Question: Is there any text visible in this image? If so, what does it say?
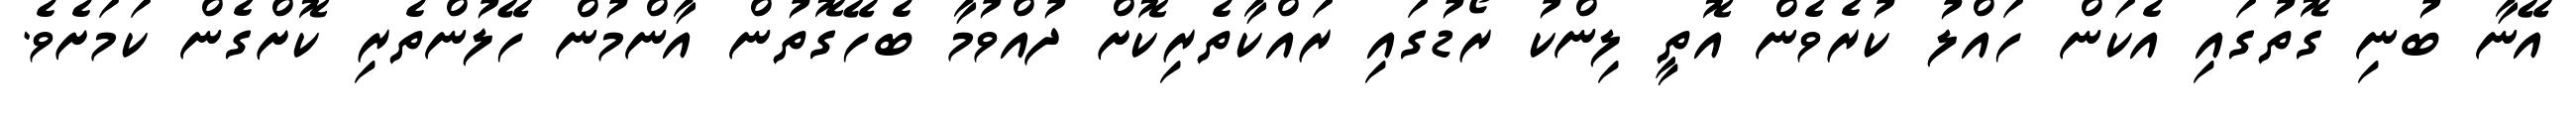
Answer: އޭނާ ބުނި ގޮތުގައި އެކަން ހައްލު ކުރެވެން އޮތީ ލިންކު ރޯޑުގައި ރައްކާތެރިކޮށް ދުއްވުމާ ބެހޭގޮތުން އާންމުން ހޭލުންތެރި ކޮށްގެން ކަމަށެވެ.